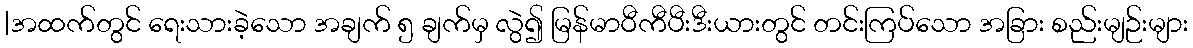
|အထက်တွင် ရေးသားခဲ့သော အချက် ၅ ချက်မှ လွဲ၍ မြန်မာဝီကီပီးဒီးယားတွင် တင်းကြပ်သော အခြား စည်းမျဉ်းများ